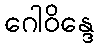
ဂေါဝိန္ဒေ